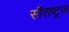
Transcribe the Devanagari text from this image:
सौराष्ट्रज